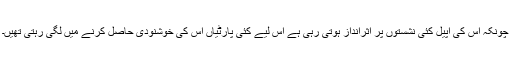
چونکہ اس کی اپیل کئی نشستوں پر اثرانداز ہوتی رہی ہے اس لیے کئی پارٹیاں اس کی خوشنودی حاصل کرنے میں لگی رہتی تھیں۔